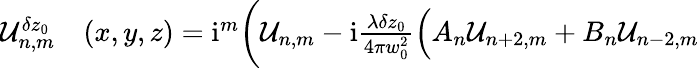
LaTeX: \begin{array}{rl}{\mathcal{U}_{n,m}^{\delta z_{0}}}&{{}(x,y,z)=\mathrm{i}^{m}\bigg(\mathcal{U}_{n,m}-\mathrm{i}\frac{\lambda\delta z_{0}}{4\pi w_{0}^{2}}\Big(A_{n}\mathcal{U}_{n+2,m}+B_{n}\mathcal{U}_{n-2,m}}\end{array}